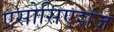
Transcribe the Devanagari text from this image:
एसोसिएशंज़